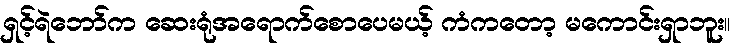
ရှင့်ရဲဘော်က ဆေးရုံအရောက်စောပေမယ့် ကံကတော့ မကောင်းရှာဘူး။